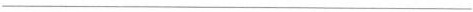
___